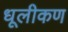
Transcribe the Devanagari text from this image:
धूलीकण